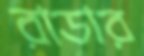
রাডার